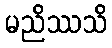
မညိဿသိ